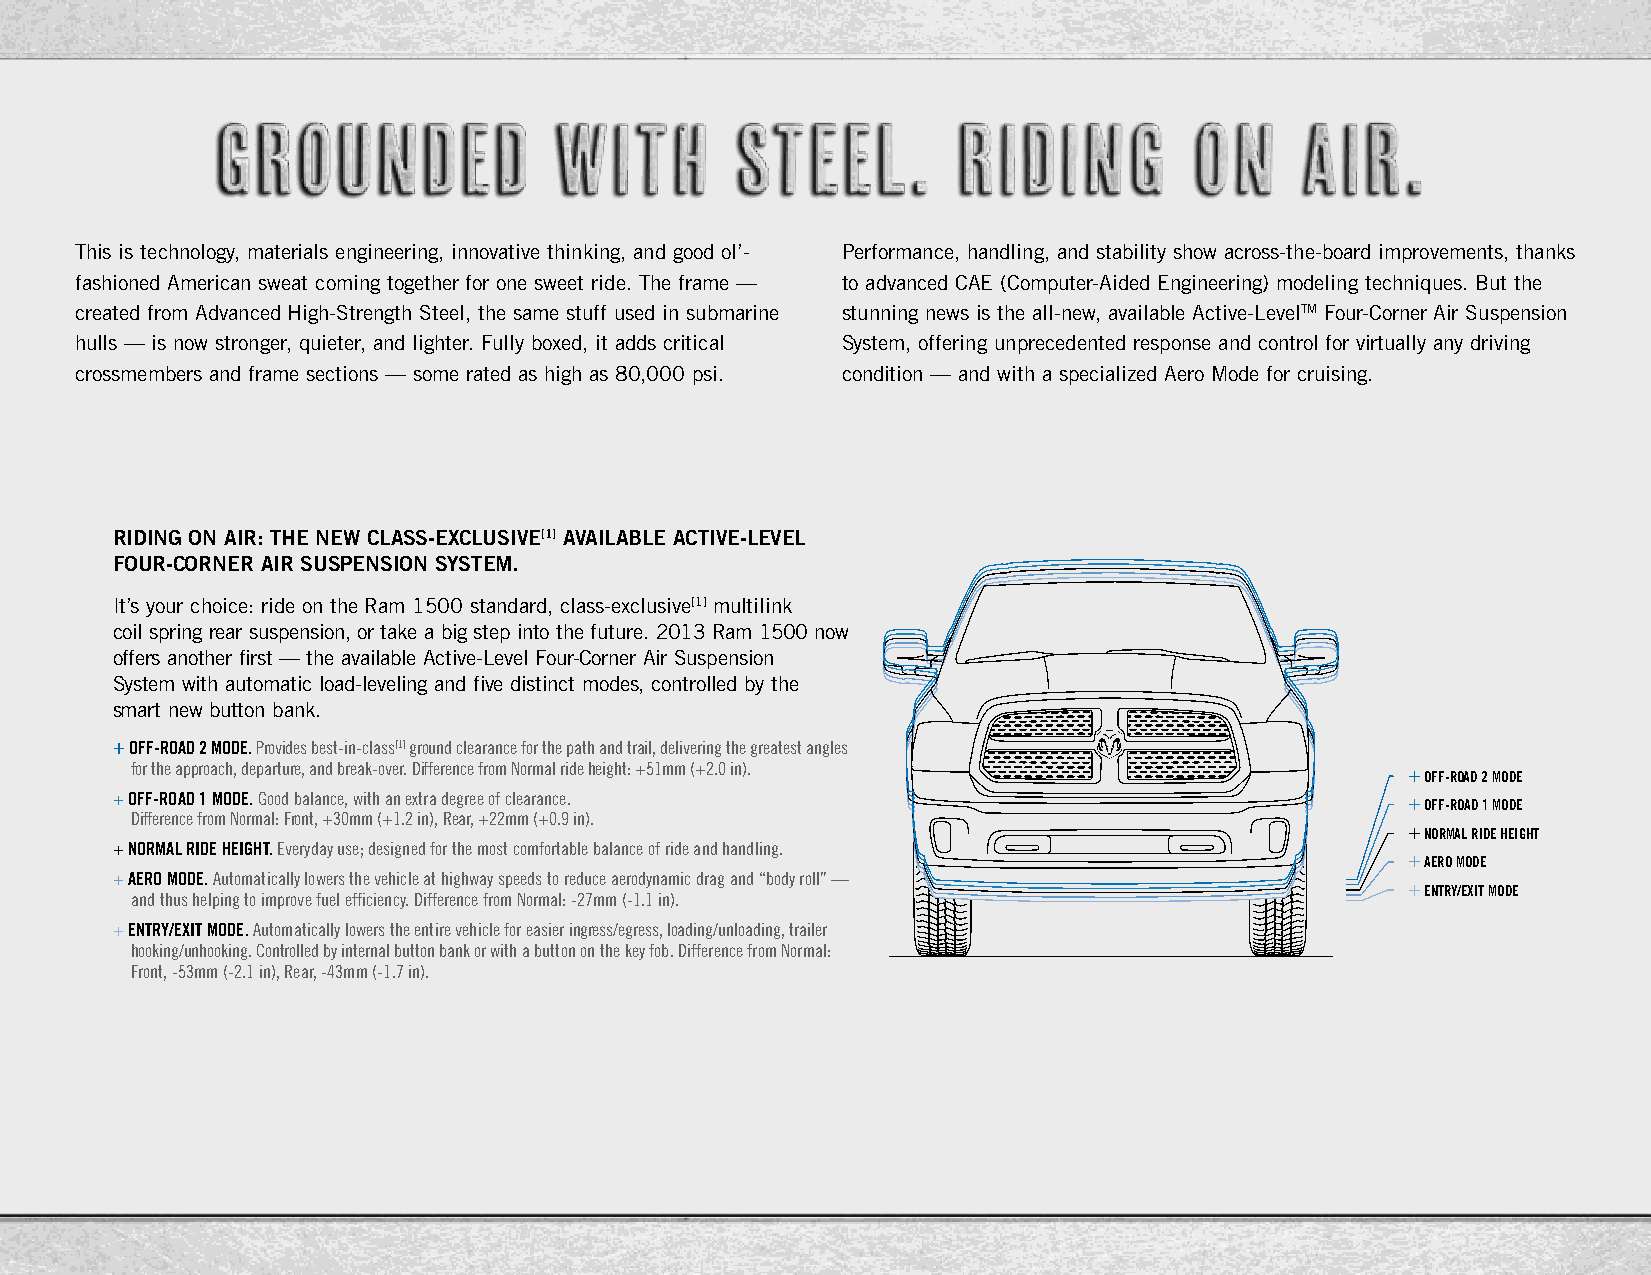
This is technology, materials engineering, innovative thinking, and good ol’- Performance, handling, and stability show across-the-board improvements, thanks
 fashioned American sweat coming together for one sweet ride. The frame — to advanced CAE (Computer-Aided Engineering) modeling techniques. But the
 created from Advanced High-Strength Steel, the same stuff used in submarine stunning news is the all-new, available Active-LevelTM Four-Corner Air Suspension
 hulls — is now stronger, quieter, and lighter. Fully boxed, it adds critical System, offering unprecedented response and control for virtually any driving
 crossmembers and frame sections — some rated as high as 80,000 psi. condition — and with a specialized Aero Mode for cruising.
 RidiNg ON AiR: thE NEw ClAss-ExClusivE[1] AvAilAblE ACtivE-lEvEl
 FOuR-CORNER AiR susPENsiON systEM.
 It’s your choice: ride on the Ram 1500 standard, class-exclusive[1] multilink
 coil spring rear suspension, or take a big step into the future. 2013 Ram 1500 now
 offers another first — the available Active-Level Four-Corner Air Suspension
 System with automatic load-leveling and five distinct modes, controlled by the
 smart new button bank.
 + off-Road 2 mode. provides best-in-class[1] ground clearance for the path and trail, delivering the greatest angles
 for the approach, departure, and break-over. difference from Normal ride height: +51mm (+2.0 in). + off-Road 2 mode
 + off-Road 1 mode. good balance, with an extra degree of clearance.                   + off-Road 1 mode
 difference from Normal: front, +30mm (+1.2 in), rear, +22mm (+0.9 in).
 + noRmal Ride height
 + noRmal Ride height. everyday use; designed for the most comfortable balance of ride and handling.
 + aeRo mode
 + aeRo mode. Automatically lowers the vehicle at highway speeds to reduce aerodynamic drag and “body roll” —
 + entRy/exit mode
 and thus helping to improve fuel efficiency. difference from Normal: -27mm (-1.1 in).
 + entRy/exit mode. Automatically lowers the entire vehicle for easier ingress/egress, loading/unloading, trailer
 hooking/unhooking. controlled by internal button bank or with a button on the key fob. difference from Normal:
 front, -53mm (-2.1 in), rear, -43mm (-1.7 in).
 Page 19